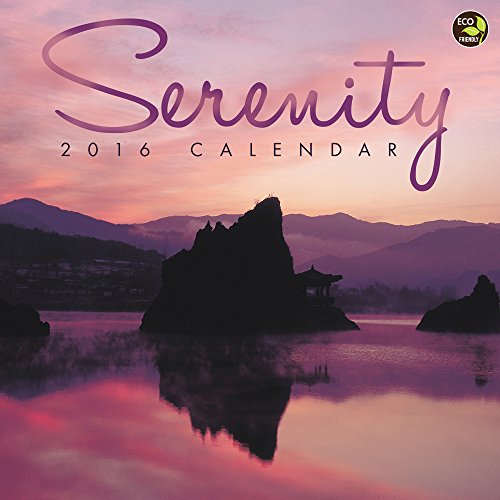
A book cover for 2016 Serenity Wall Calendar; TF Publishing; Calendars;